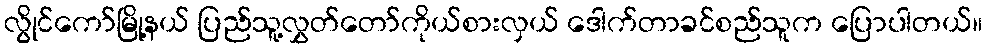
လွိုင်ကော်မြို့နယ် ပြည်သူ့လွှတ်တော်ကိုယ်စားလှယ် ဒေါက်တာခင်စည်သူက ပြောပါတယ်။